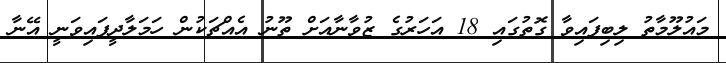
މައުލޫމާތު ލިބިފައިވާ ގޮތުގައި 18 އަހަރުގެ ޒުވާނާއަށް ތޫނު އެއްޗަކުން ހަމަލާދީފައިވަނީ އޭނާ